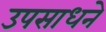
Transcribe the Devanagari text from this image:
उपसाधने